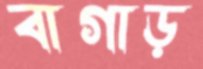
বাগাড়